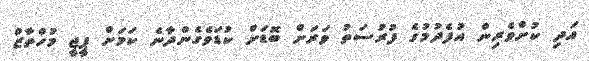
އަދި ކުށްވެރިން އުފެދުމުގެ ފުރުސަތު ވަރަށް ބޮޑަށް ކުޑަވެގެންދާނެ ކަމަށް ޕީޖީ މުހްތާޒް